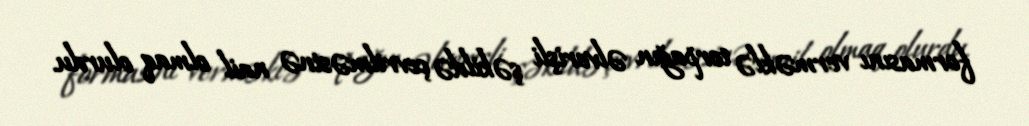
formasını verməklə torpağın əlverişli şəkildə çevrilməsinə nail olmaq olurdu.